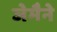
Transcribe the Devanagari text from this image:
जेमैने